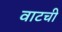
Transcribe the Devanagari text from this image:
वाटची